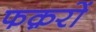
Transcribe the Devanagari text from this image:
फक़रों